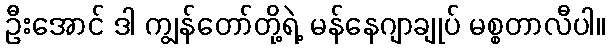
ဦးအောင် ဒါ ကျွန်တော်တို့ရဲ့ မန်နေဂျာချုပ် မစ္စတာလီပါ။